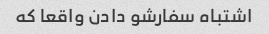
اشتباه سفارشو دادن واقعا که